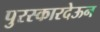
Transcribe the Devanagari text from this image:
पुरस्कारदेऊन